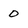
Character: 0